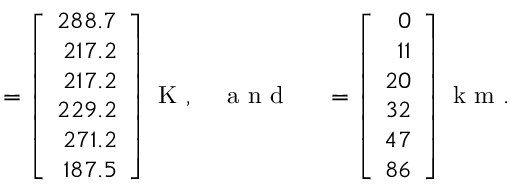
{ \bf \theta } = \left[ \begin{array} { r } { 2 8 8 . 7 } \\ { 2 1 7 . 2 } \\ { 2 1 7 . 2 } \\ { 2 2 9 . 2 } \\ { 2 7 1 . 2 } \\ { 1 8 7 . 5 } \end{array} \right] \mathrm { ~ K ~ } , \quad \mathrm { ~ a ~ n ~ d ~ } \quad { \bf \zeta } = \left[ \begin{array} { r } { 0 } \\ { 1 1 } \\ { 2 0 } \\ { 3 2 } \\ { 4 7 } \\ { 8 6 } \end{array} \right] \mathrm { ~ k ~ m ~ . ~ }